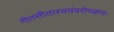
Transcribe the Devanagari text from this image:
गीतसीतास्वयंवरोपक्रमः